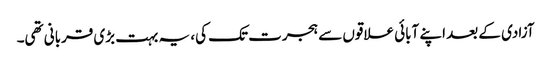
آزادی کے بعد اپنے آبائی علاقوں سے ہجرت تک کی، یہ بہت بڑی قربانی تھی۔